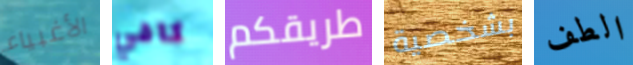
الأغبياء كافي طريقكم بشخصية الطف